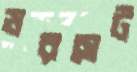
ডরসেট